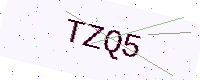
Text: TZQ5